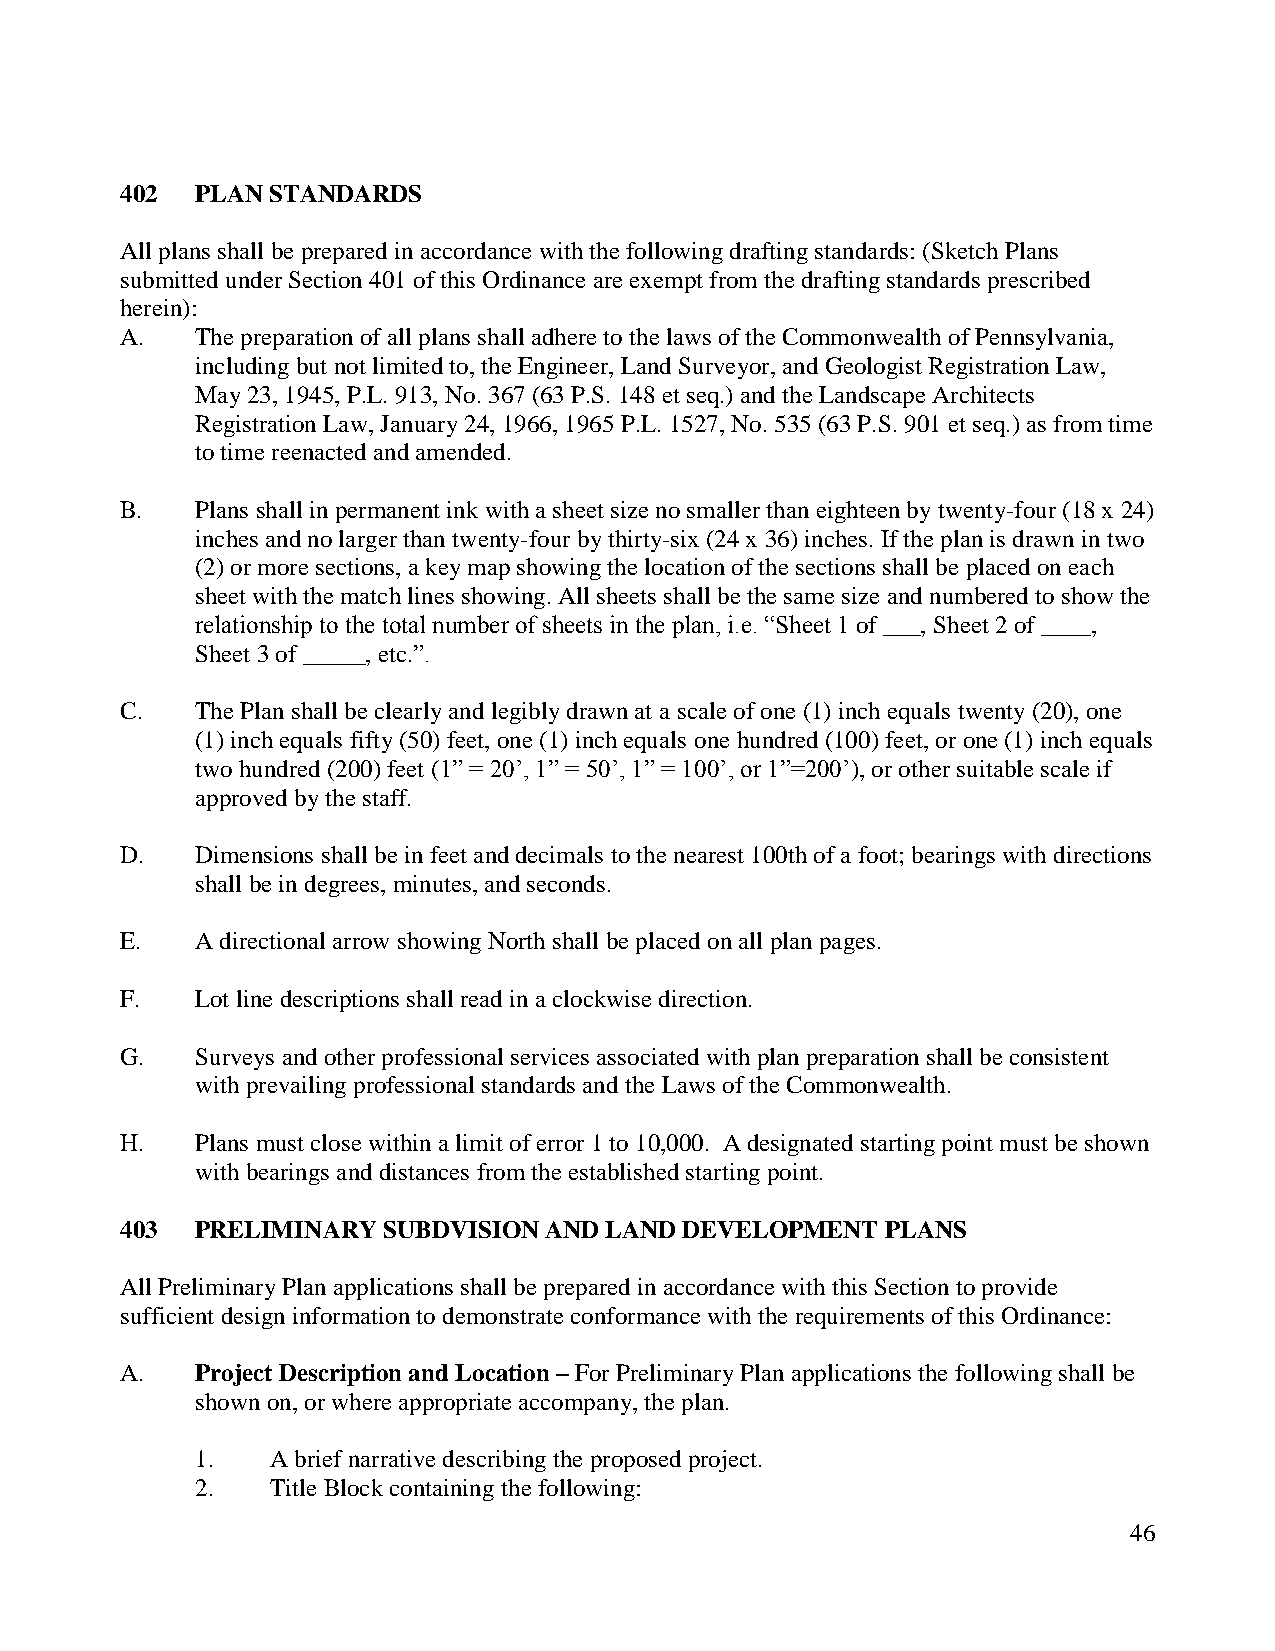
402  PLAN STANDARDS
 All plans shall be prepared in accordance with the following drafting standards: (Sketch Plans
 submitted under Section 401 of this Ordinance are exempt from the drafting standards prescribed
 herein):
 A.   The preparation of all plans shall adhere to the laws of the Commonwealth of Pennsylvania,
 including but not limited to, the Engineer, Land Surveyor, and Geologist Registration Law,
 May 23, 1945, P.L. 913, No. 367 (63 P.S. 148 et seq.) and the Landscape Architects
 Registration Law, January 24, 1966, 1965 P.L. 1527, No. 535 (63 P.S. 901 et seq.) as from time
 to time reenacted and amended.
 B.   Plans shall in permanent ink with a sheet size no smaller than eighteen by twenty-four (18 x 24)
 inches and no larger than twenty-four by thirty-six (24 x 36) inches. If the plan is drawn in two
 (2) or more sections, a key map showing the location of the sections shall be placed on each
 sheet with the match lines showing. All sheets shall be the same size and numbered to show the
 relationship to the total number of sheets in the plan, i.e. “Sheet 1 of ___, Sheet 2 of ____,
 Sheet 3 of _____, etc.”.
 C.   The Plan shall be clearly and legibly drawn at a scale of one (1) inch equals twenty (20), one
 (1) inch equals fifty (50) feet, one (1) inch equals one hundred (100) feet, or one (1) inch equals
 two hundred (200) feet (1” = 20‟, 1” = 50‟, 1” = 100‟, or 1”=200‟), or other suitable scale if
 approved by the staff.
 D.   Dimensions shall be in feet and decimals to the nearest 100th of a foot; bearings with directions
 shall be in degrees, minutes, and seconds.
 E.   A directional arrow showing North shall be placed on all plan pages.
 F.   Lot line descriptions shall read in a clockwise direction.
 G.   Surveys and other professional services associated with plan preparation shall be consistent
 with prevailing professional standards and the Laws of the Commonwealth.
 H.   Plans must close within a limit of error 1 to 10,000. A designated starting point must be shown
 with bearings and distances from the established starting point.
 403  PRELIMINARY SUBDVISION AND LAND DEVELOPMENT   PLANS
 All Preliminary Plan applications shall be prepared in accordance with this Section to provide
 sufficient design information to demonstrate conformance with the requirements of this Ordinance:
 A.   Project Description and Location – For Preliminary Plan applications the following shall be
 shown on, or where appropriate accompany, the plan.
 1.   A brief narrative describing the proposed project.
 2.   Title Block containing the following:
 46